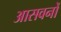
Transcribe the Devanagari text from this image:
आसवनों